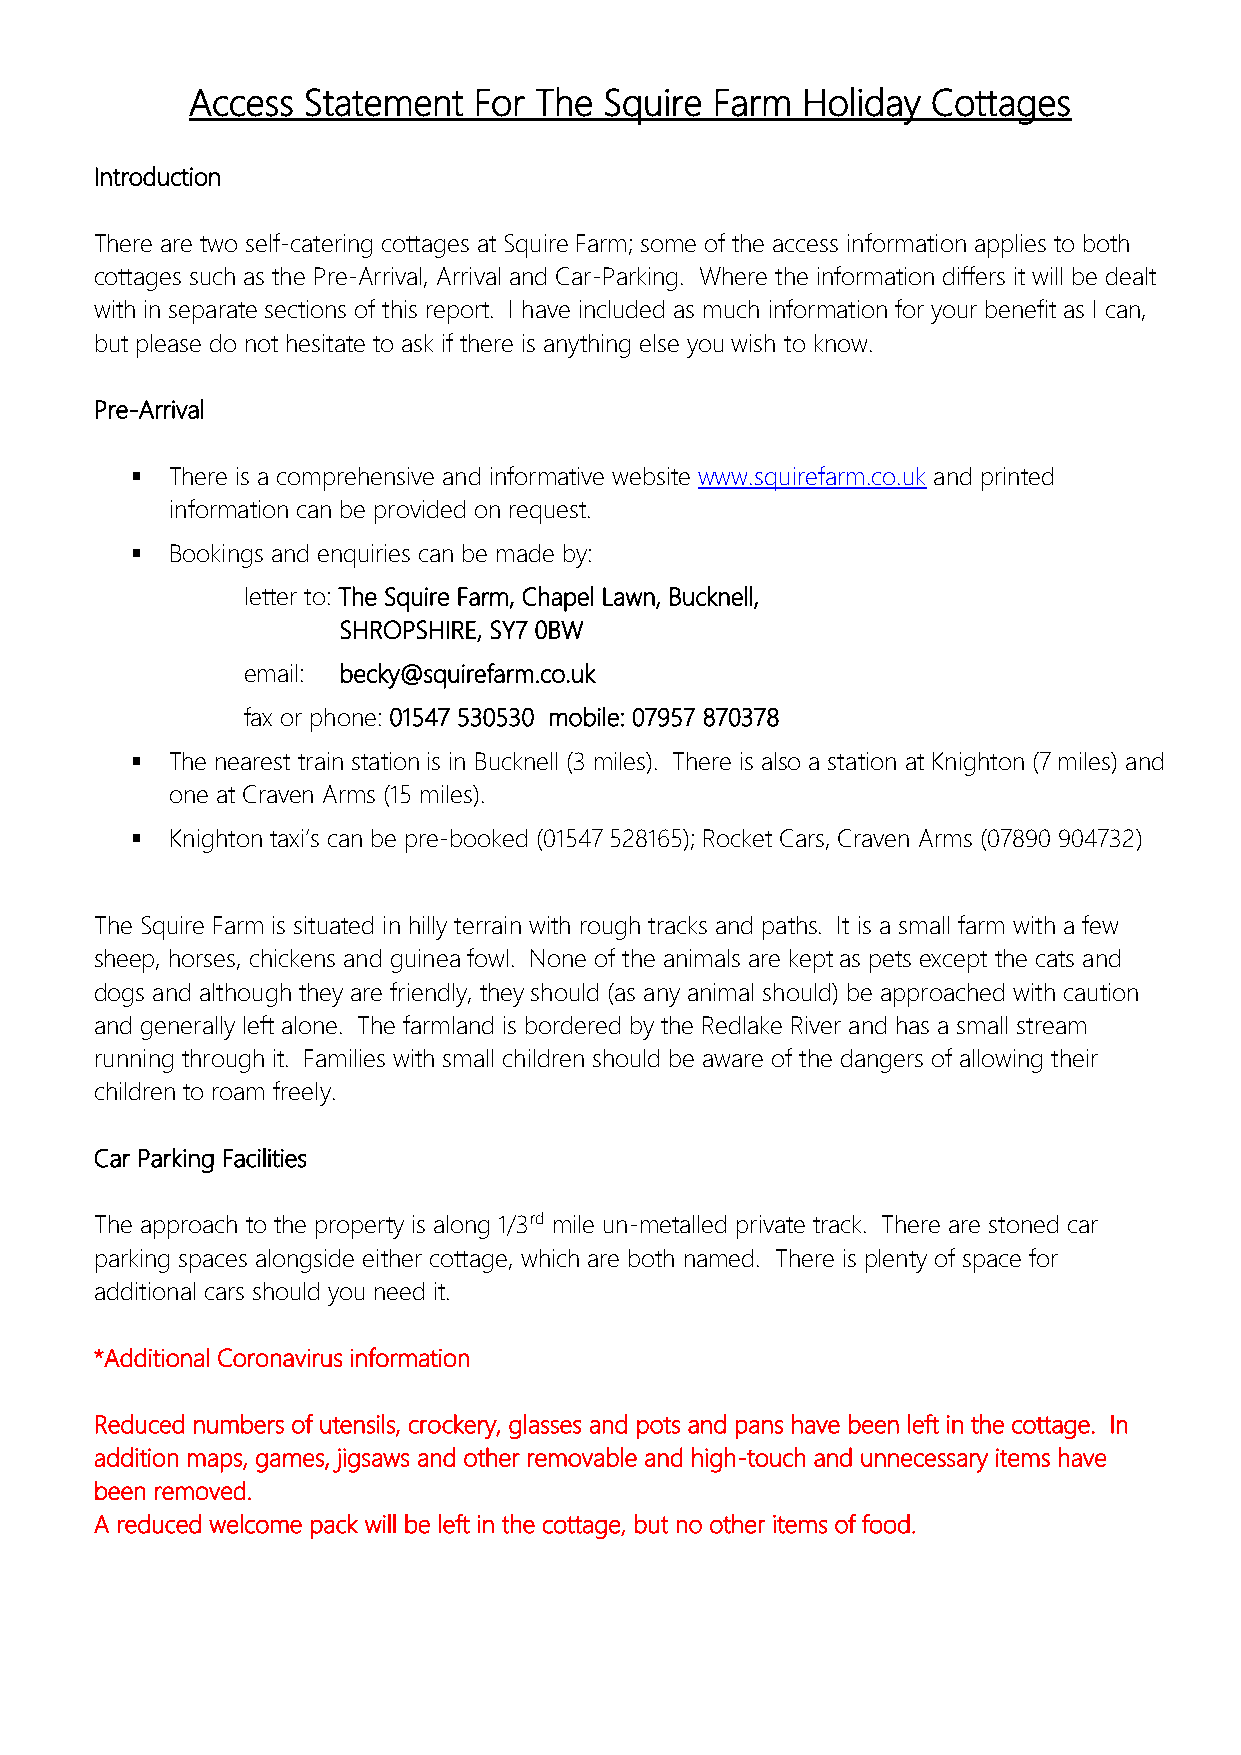
Access  Statement  For The  Squire Farm  Holiday  Cottages
 Introduction
 There are two self-catering cottages at Squire Farm; some of the access information applies to both
 cottages such as the Pre-Arrival, Arrival and Car-Parking. Where the information differs it will be dealt
 with in separate sections of this report. I have included as much information for your benefit as I can,
 but please do not hesitate to ask if there is anything else you wish to know.
 Pre-Arrival
 ▪ There is a comprehensive and informative website www.squirefarm.co.uk and printed
 information can be provided on request.
 ▪ Bookings and enquiries can be made by:
 letter to: The Squire Farm, Chapel Lawn, Bucknell,
 SHROPSHIRE, SY7 0BW
 email: becky@squirefarm.co.uk
 fax or phone: 01547 530530 mobile: 07957 870378
 ▪ The nearest train station is in Bucknell (3 miles). There is also a station at Knighton (7 miles) and
 one at Craven Arms (15 miles).
 ▪ Knighton taxi’s can be pre-booked (01547 528165); Rocket Cars, Craven Arms (07890 904732)
 The Squire Farm is situated in hilly terrain with rough tracks and paths. It is a small farm with a few
 sheep, horses, chickens and guinea fowl. None of the animals are kept as pets except the cats and
 dogs and although they are friendly, they should (as any animal should) be approached with caution
 and generally left alone. The farmland is bordered by the Redlake River and has a small stream
 running through it. Families with small children should be aware of the dangers of allowing their
 children to roam freely.
 Car Parking Facilities
 The approach to the property is along 1/3rd mile un-metalled private track. There are stoned car
 parking spaces alongside either cottage, which are both named. There is plenty of space for
 additional cars should you need it.
 *Additional Coronavirus information
 Reduced numbers of utensils, crockery, glasses and pots and pans have been left in the cottage. In
 addition maps, games, jigsaws and other removable and high-touch and unnecessary items have
 been removed.
 A reduced welcome pack will be left in the cottage, but no other items of food.